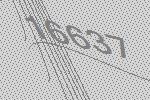
16637